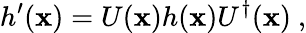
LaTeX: h^{\prime}(\mathbf{x})=U(\mathbf{x})h(\mathbf{x})U^{\dagger}(\mathbf{x})\ ,